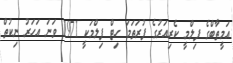
އަމީތާބްގެ ފިލްމީ ކެރިއަރުގެ ފުރަތަމަ ހިޓް ފިލްމަކީ 1971 ވަނަ އަހަރު ނިކުތް